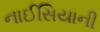
નાઈસિયાની